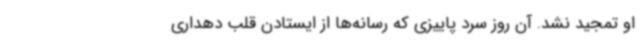
او تمجید نشد. آن روز سرد پاییزی که رسانه‌ها از ایستادن قلب دهداری